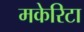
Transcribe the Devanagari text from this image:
मकेरिटा